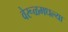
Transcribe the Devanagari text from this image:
वेरूळमधल्या